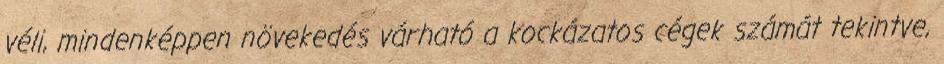
véli, mindenképpen növekedés várható a kockázatos cégek számát tekintve,